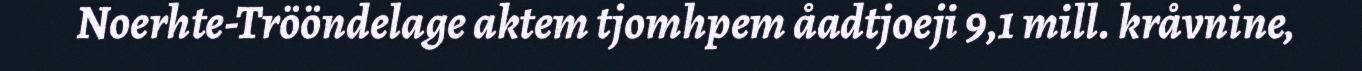
Noerhte-Trööndelage aktem tjomhpem åadtjoeji 9,1 mill. kråvnine,